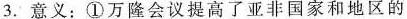
3.意义：①万隆会议提高了亚非国家和地区的